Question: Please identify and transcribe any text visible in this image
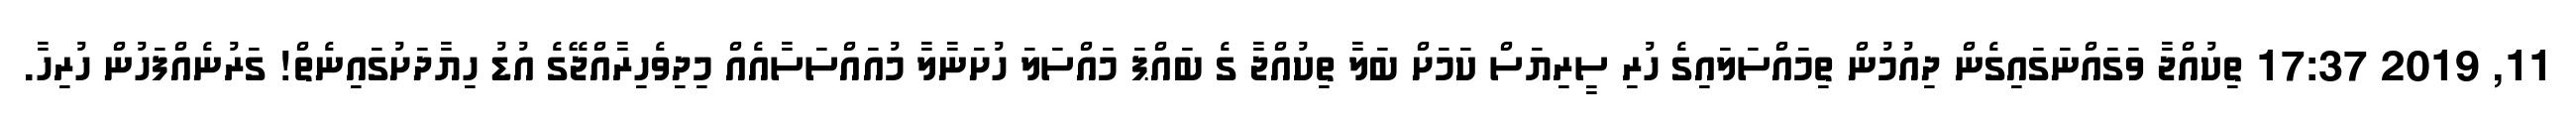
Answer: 11, 2019 17:37 ތިކުއްޖާ ވަގައްނަގައިގެން ދިއުމުން ތިމައްސަލައިގެ ހުރި ސީރިޔަސް ކަމަށް ބަލާ ތިކުއްޖާ ގެ ބައްޕަ މައްސަލަ ހުށަނާލާ މުއައްސަސާއެއް މިދިވެހިރާއްޖޭގެ އުޑު ހިޔާދަށުގައިނެތް! ގަރުނެއްފަހުން ހުރިހާ.